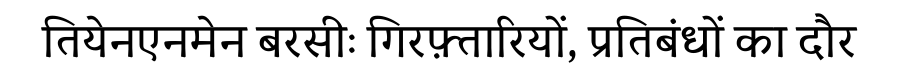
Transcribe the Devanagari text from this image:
तियेनएनमेन बरसीः गिरफ़्तारियों, प्रतिबंधों का दौर